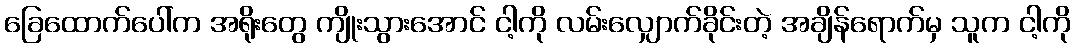
ခြေထောက်ပေါ်က အရိုးတွေ ကျိုးသွားအောင် ငါ့ကို လမ်းလျှောက်ခိုင်းတဲ့ အချိန်ရောက်မှ သူက ငါ့ကို